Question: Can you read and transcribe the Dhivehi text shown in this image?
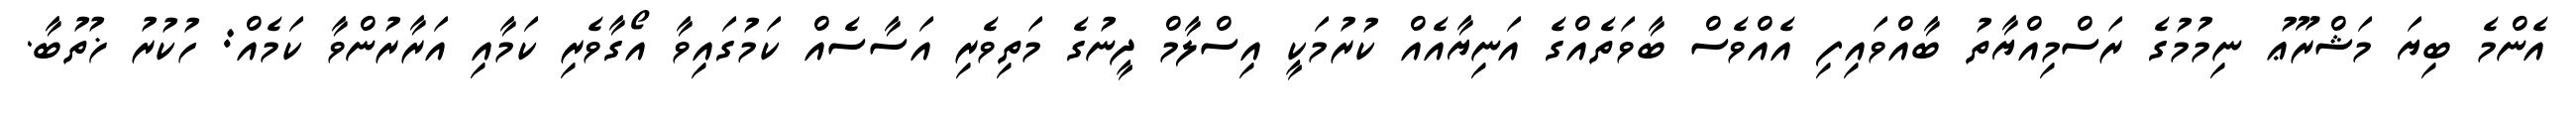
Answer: އެންމެ ބިޔަ މަޝްރޫޢު ނިމުމުގެ ރަސްމިއްޔާތު ބާއްވައިފި އެއްވެސް ބާވަތެއްގެ އަނިޔާއެއް ކުރުމަކީ އިސްލާމް ދީނުގެ މަތިވެރި އަސާސެއް ކަމުގައިވާ އޯގާވެރި ކަމާއި އަރާރުންވާ ކަމެއް: ހުކުރު ޚުތުބާ.